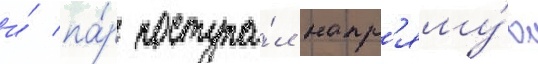
и́ па́р поступа́л напр'яму́ю